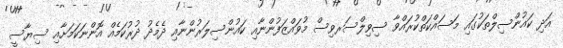
އަދި ކައުންސިލްތަކުގައި މަސައްކަތްކުރައްވާ ސިވިލްސަރވިސް މުވައްޒަފުންނާއި ކައުންސިލަރުންނާއި ދެމެދު ދުރުކަމެއް އޮންނަކަމަށާއި ސިޔާސީ